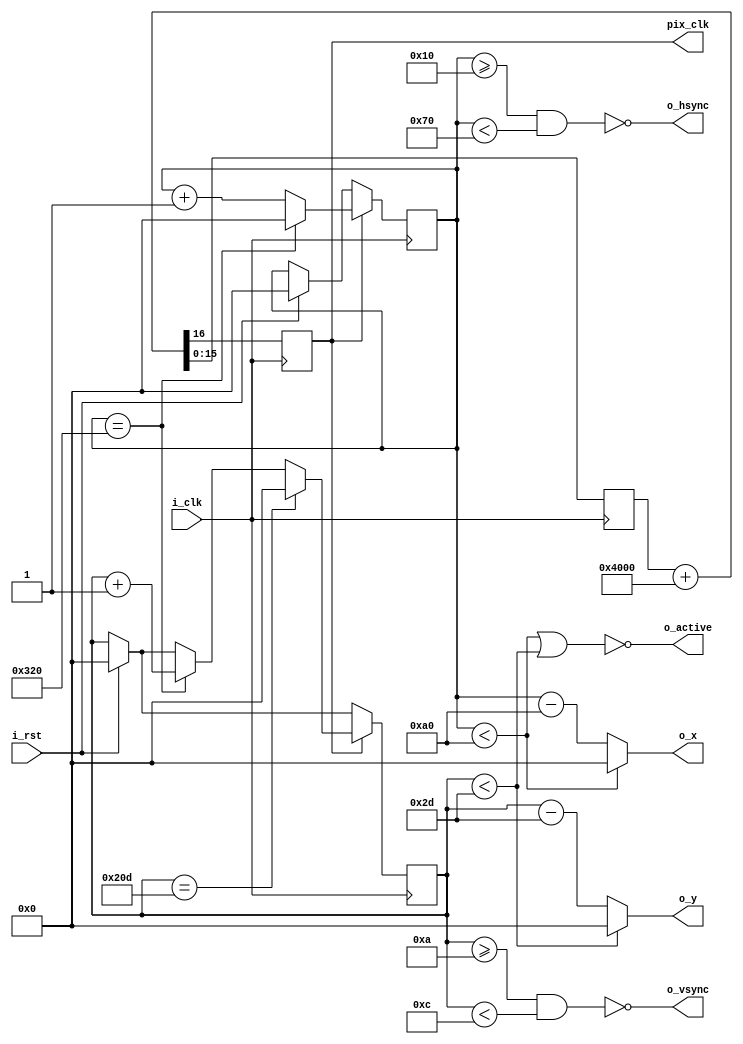
`timescale 1ns / 1ps

module vga640x480(
 input wire i_clk, // 100MHz onboard clock
 input wire i_rst,
 output wire o_hsync,
 output wire o_vsync,
 output wire o_active,
 output wire [9:0] o_x,
 output wire [9:0] o_y,
 output reg pix_clk 
 );


 localparam HSYNCSTART = 16;
 localparam HSYNCEND = 16 + 96;
 localparam HACTIVESTART = 16 + 96 + 48; 
 localparam HACTIVEEND = 16 + 96 + 48 + 640;
 reg [9:0] H_SCAN; 
 
 localparam VSYNCSTART = 10;
 localparam VSYNCEND = 10 + 2;
 localparam VACTIVESTART = 10 + 2 + 33;
 localparam VACTIVEEND = 10 + 2 + 33 + 480;
 reg [9:0] V_SCAN;
 
 assign o_hsync = ~((H_SCAN >= HSYNCSTART) & (H_SCAN < HSYNCEND));
 assign o_vsync = ~((V_SCAN >= VSYNCSTART) & (V_SCAN < VSYNCEND));
 

 assign o_x = (H_SCAN < HACTIVESTART) ? 0 : (H_SCAN - HACTIVESTART);
 assign o_y = (V_SCAN < VACTIVESTART) ? 0 : (V_SCAN - VACTIVESTART);

 assign o_active = ~((H_SCAN < HACTIVESTART) | (V_SCAN < VACTIVESTART)); 
 

 reg [15:0] counter1;
 always @(posedge i_clk)
 {pix_clk, counter1} <= counter1 + 16'h4000; // divide 100MHz by 4 = 25MHz 
 

 always @ (posedge i_clk)
 begin

 if (i_rst) 
 begin
 H_SCAN <= 0;
 V_SCAN <= 0;
 end
 
 // loop through a full screen
 if (pix_clk) 
     begin
     if (H_SCAN == HACTIVEEND)
         begin
             H_SCAN <= 0;
             V_SCAN <= V_SCAN + 1;
         end
     else 
     H_SCAN <= H_SCAN + 1;
     if (V_SCAN == VACTIVEEND)
        V_SCAN <= 0;
     end
 end
endmodule